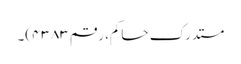
مستدرک حاکم، رقم ۴۳۸۳)۔